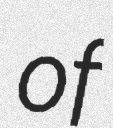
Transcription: of